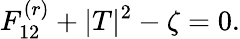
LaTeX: F_{12}^{(r)}+|T|^{2}-\zeta=0.